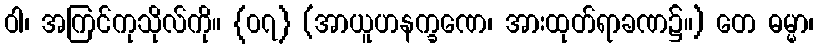
ဝါ၊ အကြင်ကုသိုလ်ကို။ {၀၇} (အာယူဟနက္ခဏေ၊ အားထုတ်ရာခဏ၌။) တေ ဓမ္မာ၊